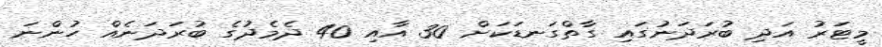
މީޓަރު އަދި ބުރަދަނުގައި ގާތްގަނޑަކަށް 30 އާއި 40 ދެމެދުގެ ބުރަދަނެއް ހުންނަ